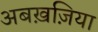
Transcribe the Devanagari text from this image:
अबख़ज़िया